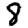
Digit: 8